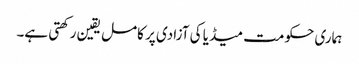
ہماری حکومت میڈیا کی آزادی پر کامل یقین رکھتی ہے۔